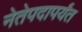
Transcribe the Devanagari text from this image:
नेतेपदापर्यंत